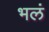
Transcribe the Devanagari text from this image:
भलं